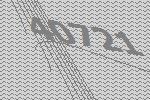
40721